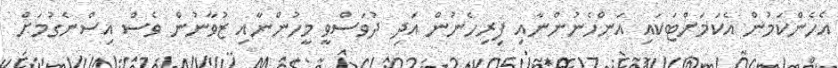
އެހެންކަމުން އެކަމަށްޓަކައި އަންހެނުންނާއި ފިރިހެނުން އަދި ދުވަސްވީ މީހުންނާއި ޒުވާނުން ވެސް އިސްނެގުމަށް